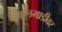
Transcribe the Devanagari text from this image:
मालगाडीवर